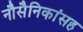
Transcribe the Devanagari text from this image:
नौसैनिकांसह